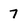
Character: 7